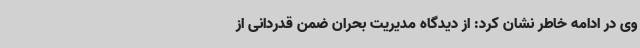
وی در ادامه خاطر نشان کرد: از دیدگاه مدیریت بحران ضمن قدردانی از